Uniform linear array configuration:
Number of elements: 64
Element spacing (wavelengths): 0.75
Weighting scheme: exponential
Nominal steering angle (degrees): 0
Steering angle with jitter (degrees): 1.909
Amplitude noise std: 0.05
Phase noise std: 0.05

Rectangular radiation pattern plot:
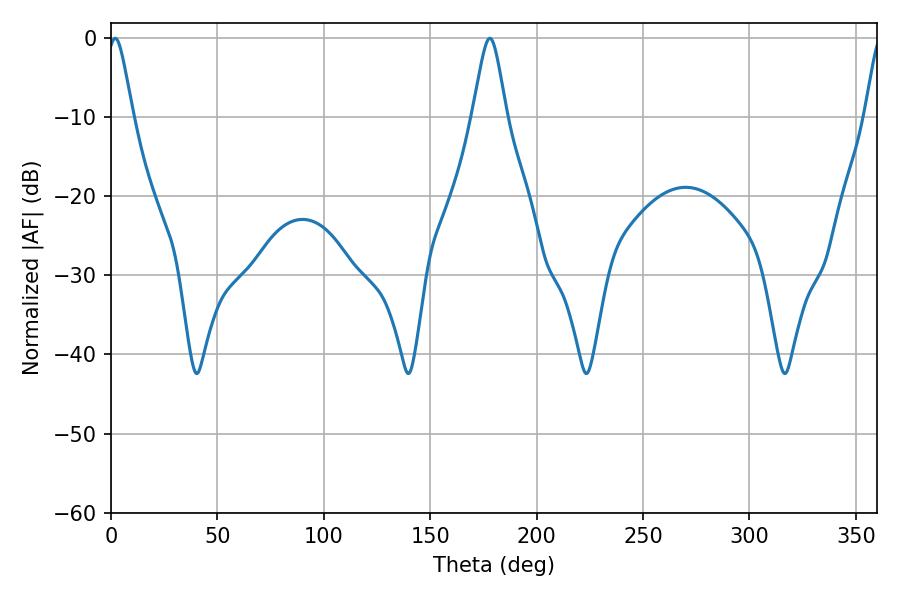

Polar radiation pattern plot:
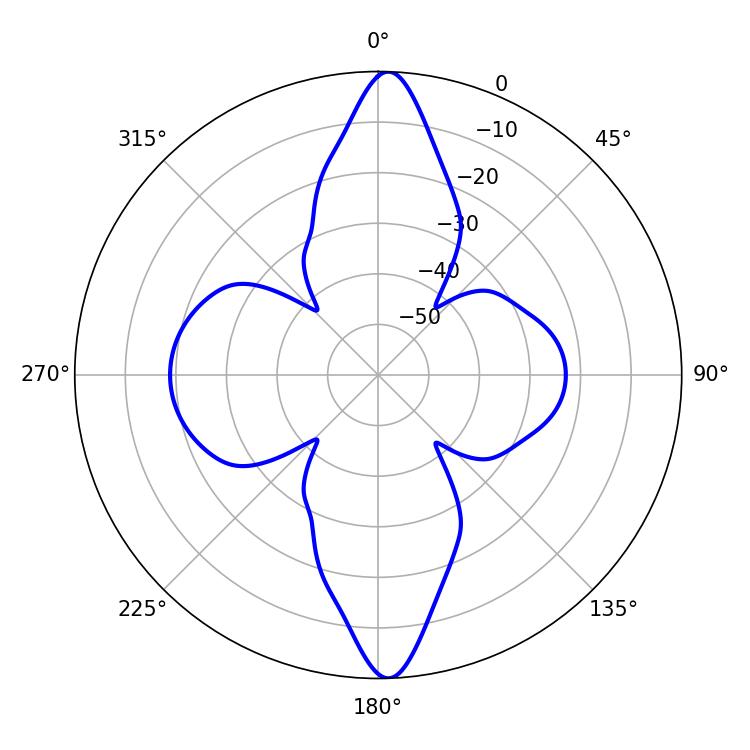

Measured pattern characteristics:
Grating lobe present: TRUE
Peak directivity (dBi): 25.145
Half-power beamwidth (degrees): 5.94
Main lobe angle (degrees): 1.98